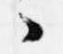
々